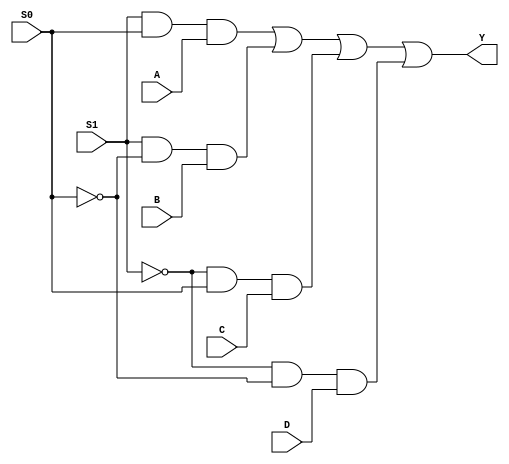
module multiplexer (
    input A, B, C, D, S0, S1,
    output Y
);

assign Y = (S1 & S0 & A) | (S1 & ~S0 & B) | (~S1 & S0 & C) | (~S1 & ~S0 & D);

endmodule